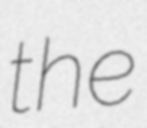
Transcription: the